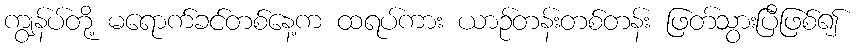
ကျွန်ပ်တို့ မရောက်ခင်တစ်နေ့က ထရပ်ကား ယာဉ်တန်းတစ်တန်း ဖြတ်သွားပြီဖြစ်၍